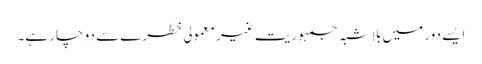
ایسے دور میں بلا شبہ جمہوریت غیر معمولی خطرے سے دو چار ہے۔